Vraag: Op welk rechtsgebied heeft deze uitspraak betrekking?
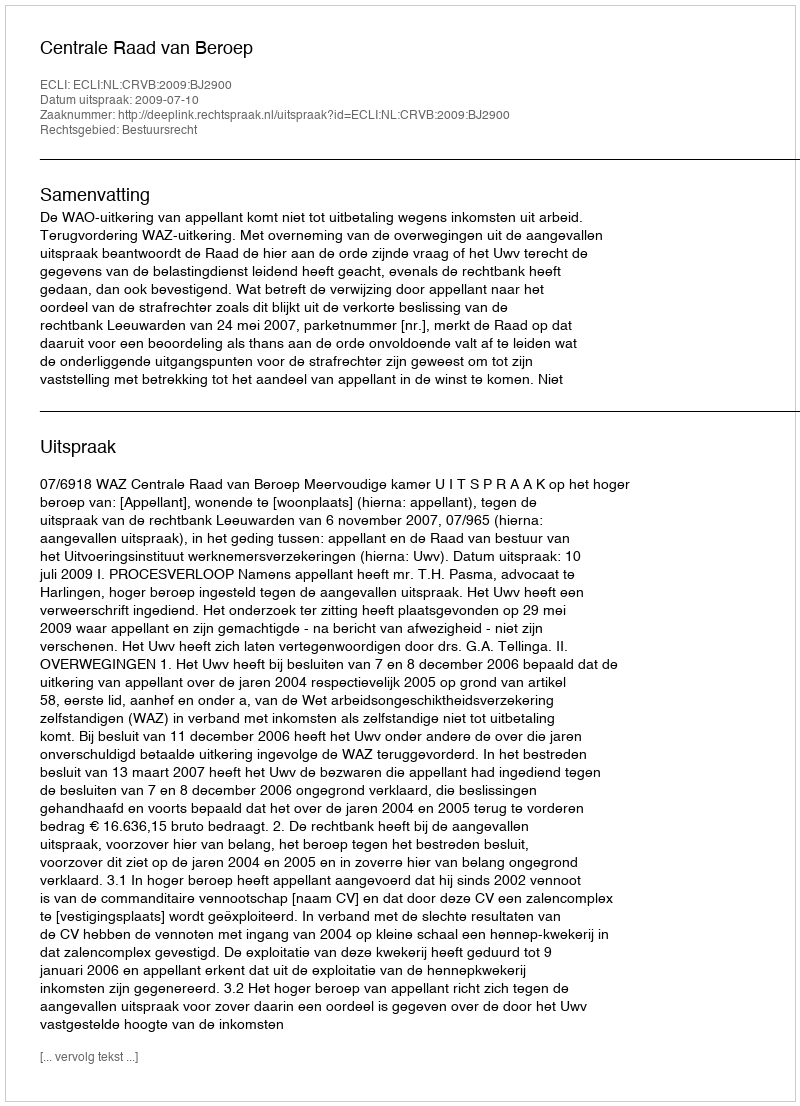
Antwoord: Bestuursrecht